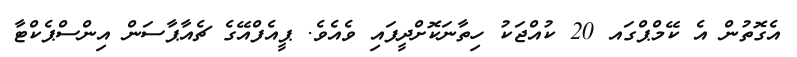
އެގޮތުން އެ ކޭމްޕްގައ 20 ކުއްޖަކު ހިތާނަކޮށްދީފައި ވެއެވެ. ޕީއެފްއޭގެ ޗެއާޕާސަން އިންސްޕެކްޓާ